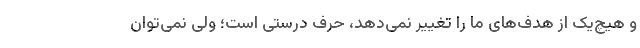
و هیچ‌یک از هدف‌های ما را تغییر نمی‌دهد، حرف درستی است؛ ولی نمی‌توان